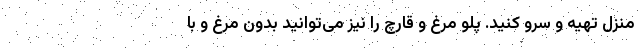
منزل تهیه و سرو کنید. پلو مرغ و قارچ را نیز می‌توانید بدون مرغ و با